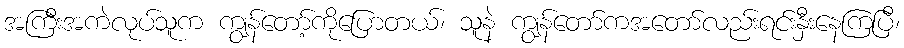
အကြီးအကဲလုပ်သူက ကျွန်တော့်ကိုပြောတယ်၊ သူနဲ ကျွန်တော်ကအတော်လည်းရင်းနှီးနေကြပြီ၊